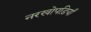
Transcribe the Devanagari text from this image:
नरखोपड़ियाँ